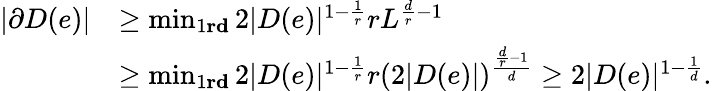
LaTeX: \begin{array}{rl}{|\partial D(e)|}&{\ge\operatorname*{min}_{1\le r\le d}2|D(e)|^{1-\frac{1}{r}}rL^{\frac{d}{r}-1}}\\ &{\ge\operatorname*{min}_{1\le r\le d}2|D(e)|^{1-\frac{1}{r}}r(2|D(e)|)^{\frac{\frac{d}{r}-1}{d}}\ge 2|D(e)|^{1-\frac{1}{d}}.}\end{array}